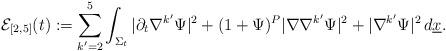
LaTeX: \begin{align*} \mathcal{E}_{[2,5]}(t)& :=\sum_{k'=2}^5\int_{\Sigma_t}|\partial_t \nabla^{k'} \Psi|^2+(1 + \Psi)^P |\nabla \nabla^{k'} \Psi|^2+ |\nabla^{k'} \Psi|^2\, d \underline{x}.\end{align*}